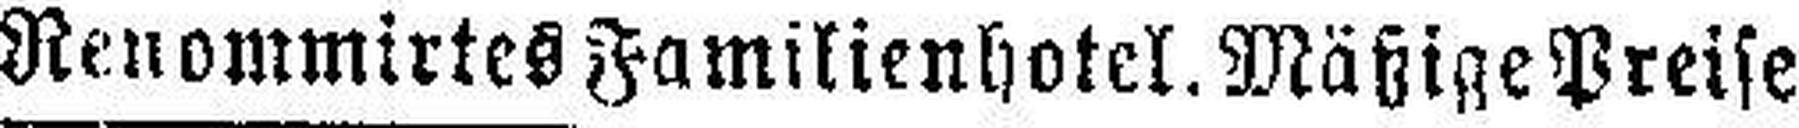
Renommirtes Familienhotel. Mäßige Preise